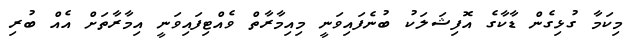
މިކަމާ ގުޅިގެން ޑާކާގެ އޮފިޝަލަކު ބުނެފައިވަނީ މިއިމާރާތް ވެއްޓިފައިވަނީ އިމާރާތަށް އެއް ބުރި